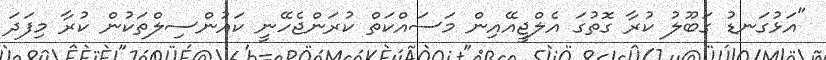
"އަޅުގަނޑު ގަބޫލު ކުރާ ގޮތުގަ އެލްޖީއޭއިން މަސައްކަތް ކުރަންޖެހޭނީ ކައުންސިލްތަކުން ކުރާ މިފަދަ